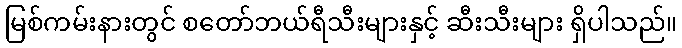
မြစ်ကမ်းနားတွင် စတော်ဘယ်ရီသီးများနှင့် ဆီးသီးများ ရှိပါသည်။